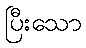
ပြီးသော